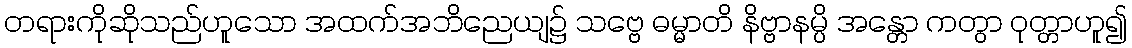
တရားကိုဆိုသည်ဟူသော အထက်အဘိညေယျ၌ သဗ္ဗေ ဓမ္မာတိ နိဗ္ဗာနမ္ပိ အန္တော ကတွာ ဝုတ္တာဟူ၍